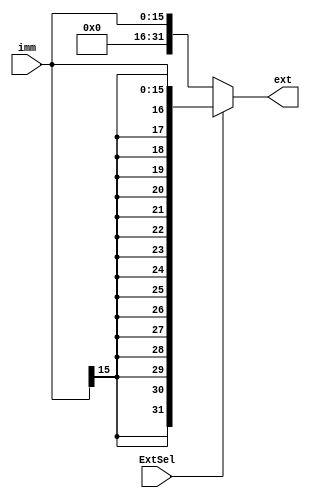
module imm_ext (
	input [15:0] imm,
	input ExtSel,

	output [31:0] ext	
);

assign ext = ExtSel ? {{16{imm[15]}}, imm} : {{16{1'b0}}, imm};

endmodule